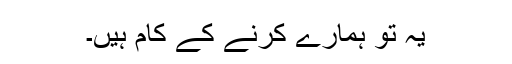
یہ تو ہمارے کرنے کے کام ہیں۔